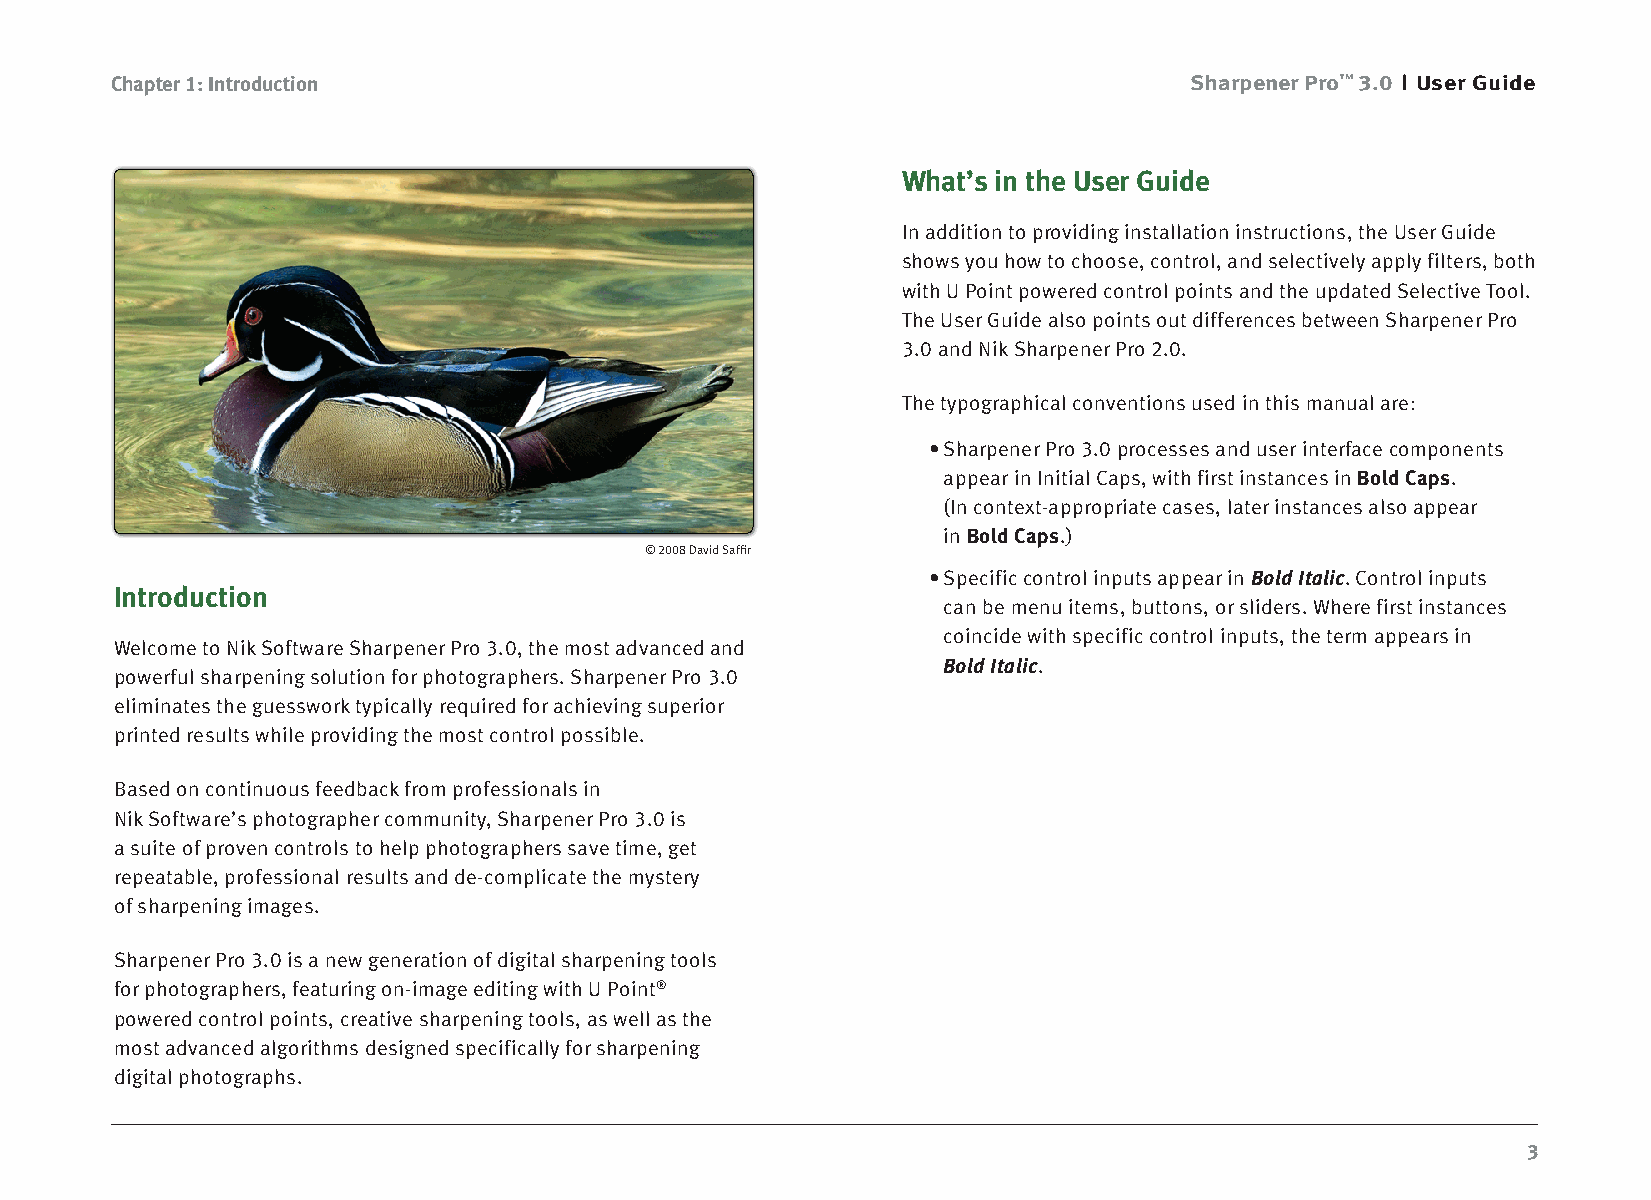
Chapter 1: Introduction                                                 Sharpener Pro™ 3.0 User Guide
 What’s in the User Guide
 In addition to providing installation instructions, the User Guide
 shows you how to choose, control, and selectively apply filters, both
 with U Point powered control points and the updated Selective Tool.
 The User Guide also points out differences between Sharpener Pro
 3.0 and Nik Sharpener Pro 2.0.
 The typographical conventions used in this manual are:
 • Sharpener Pro 3.0 processes and user interface components
 appear in Initial Caps, with first instances in Bold Caps.
 (In context-appropriate cases, later instances also appear
 in Bold Caps.)
 © 2008 David Saffir
 • Specific control inputs appear in Bold Italic. Control inputs
 Introduction
 can be menu items, buttons, or sliders. Where first instances
 coincide with specific control inputs, the term appears in
 Welcome to Nik Software Sharpener Pro 3.0, the most advanced and
 Bold Italic.
 powerful sharpening solution for photographers. Sharpener Pro 3.0
 eliminates the guesswork typically required for achieving superior
 printed results while providing the most control possible.
 Based on continuous feedback from professionals in
 Nik Software’s photographer community, Sharpener Pro 3.0 is
 a suite of proven controls to help photographers save time, get
 repeatable, professional results and de-complicate the mystery
 of sharpening images.
 Sharpener Pro 3.0 is a new generation of digital sharpening tools
 for photographers, featuring on-image editing with U Point®
 powered control points, creative sharpening tools, as well as the
 most advanced algorithms designed specifically for sharpening
 digital photographs.
 3